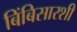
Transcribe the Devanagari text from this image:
बिंबिसारशी